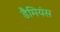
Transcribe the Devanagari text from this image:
डैमियंस